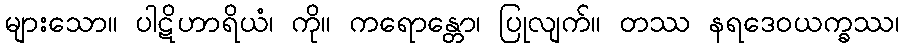
များသော။ ပါဋိဟာရိယံ၊ ကို။ ကရောန္တော၊ ပြုလျက်။ တဿ နရဒေဝယက္ခဿ၊